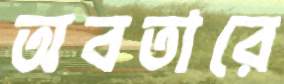
অবতারে